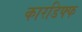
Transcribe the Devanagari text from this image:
कारडिफ्फ